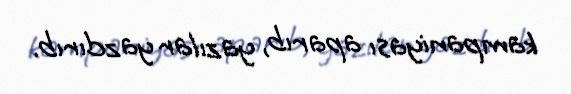
kampaniyası aparıb, yazılar yazdırıb.